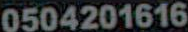
0504201616